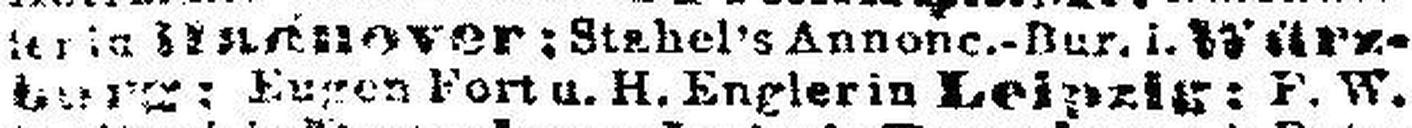
burg; Eugen Fort u. H. Engler in Leipzig; P. W.